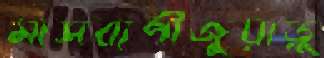
মাসব্যপীজুয়াড়ু